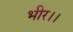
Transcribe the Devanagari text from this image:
भीर।।